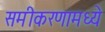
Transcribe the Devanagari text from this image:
समीकरणामध्ये